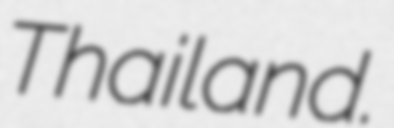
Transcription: Thailand.